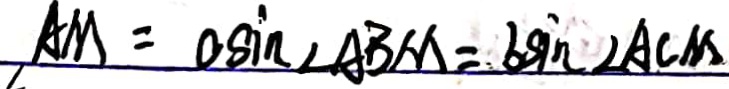
A M = O \sin \angle A B M = b \sin \angle A C M